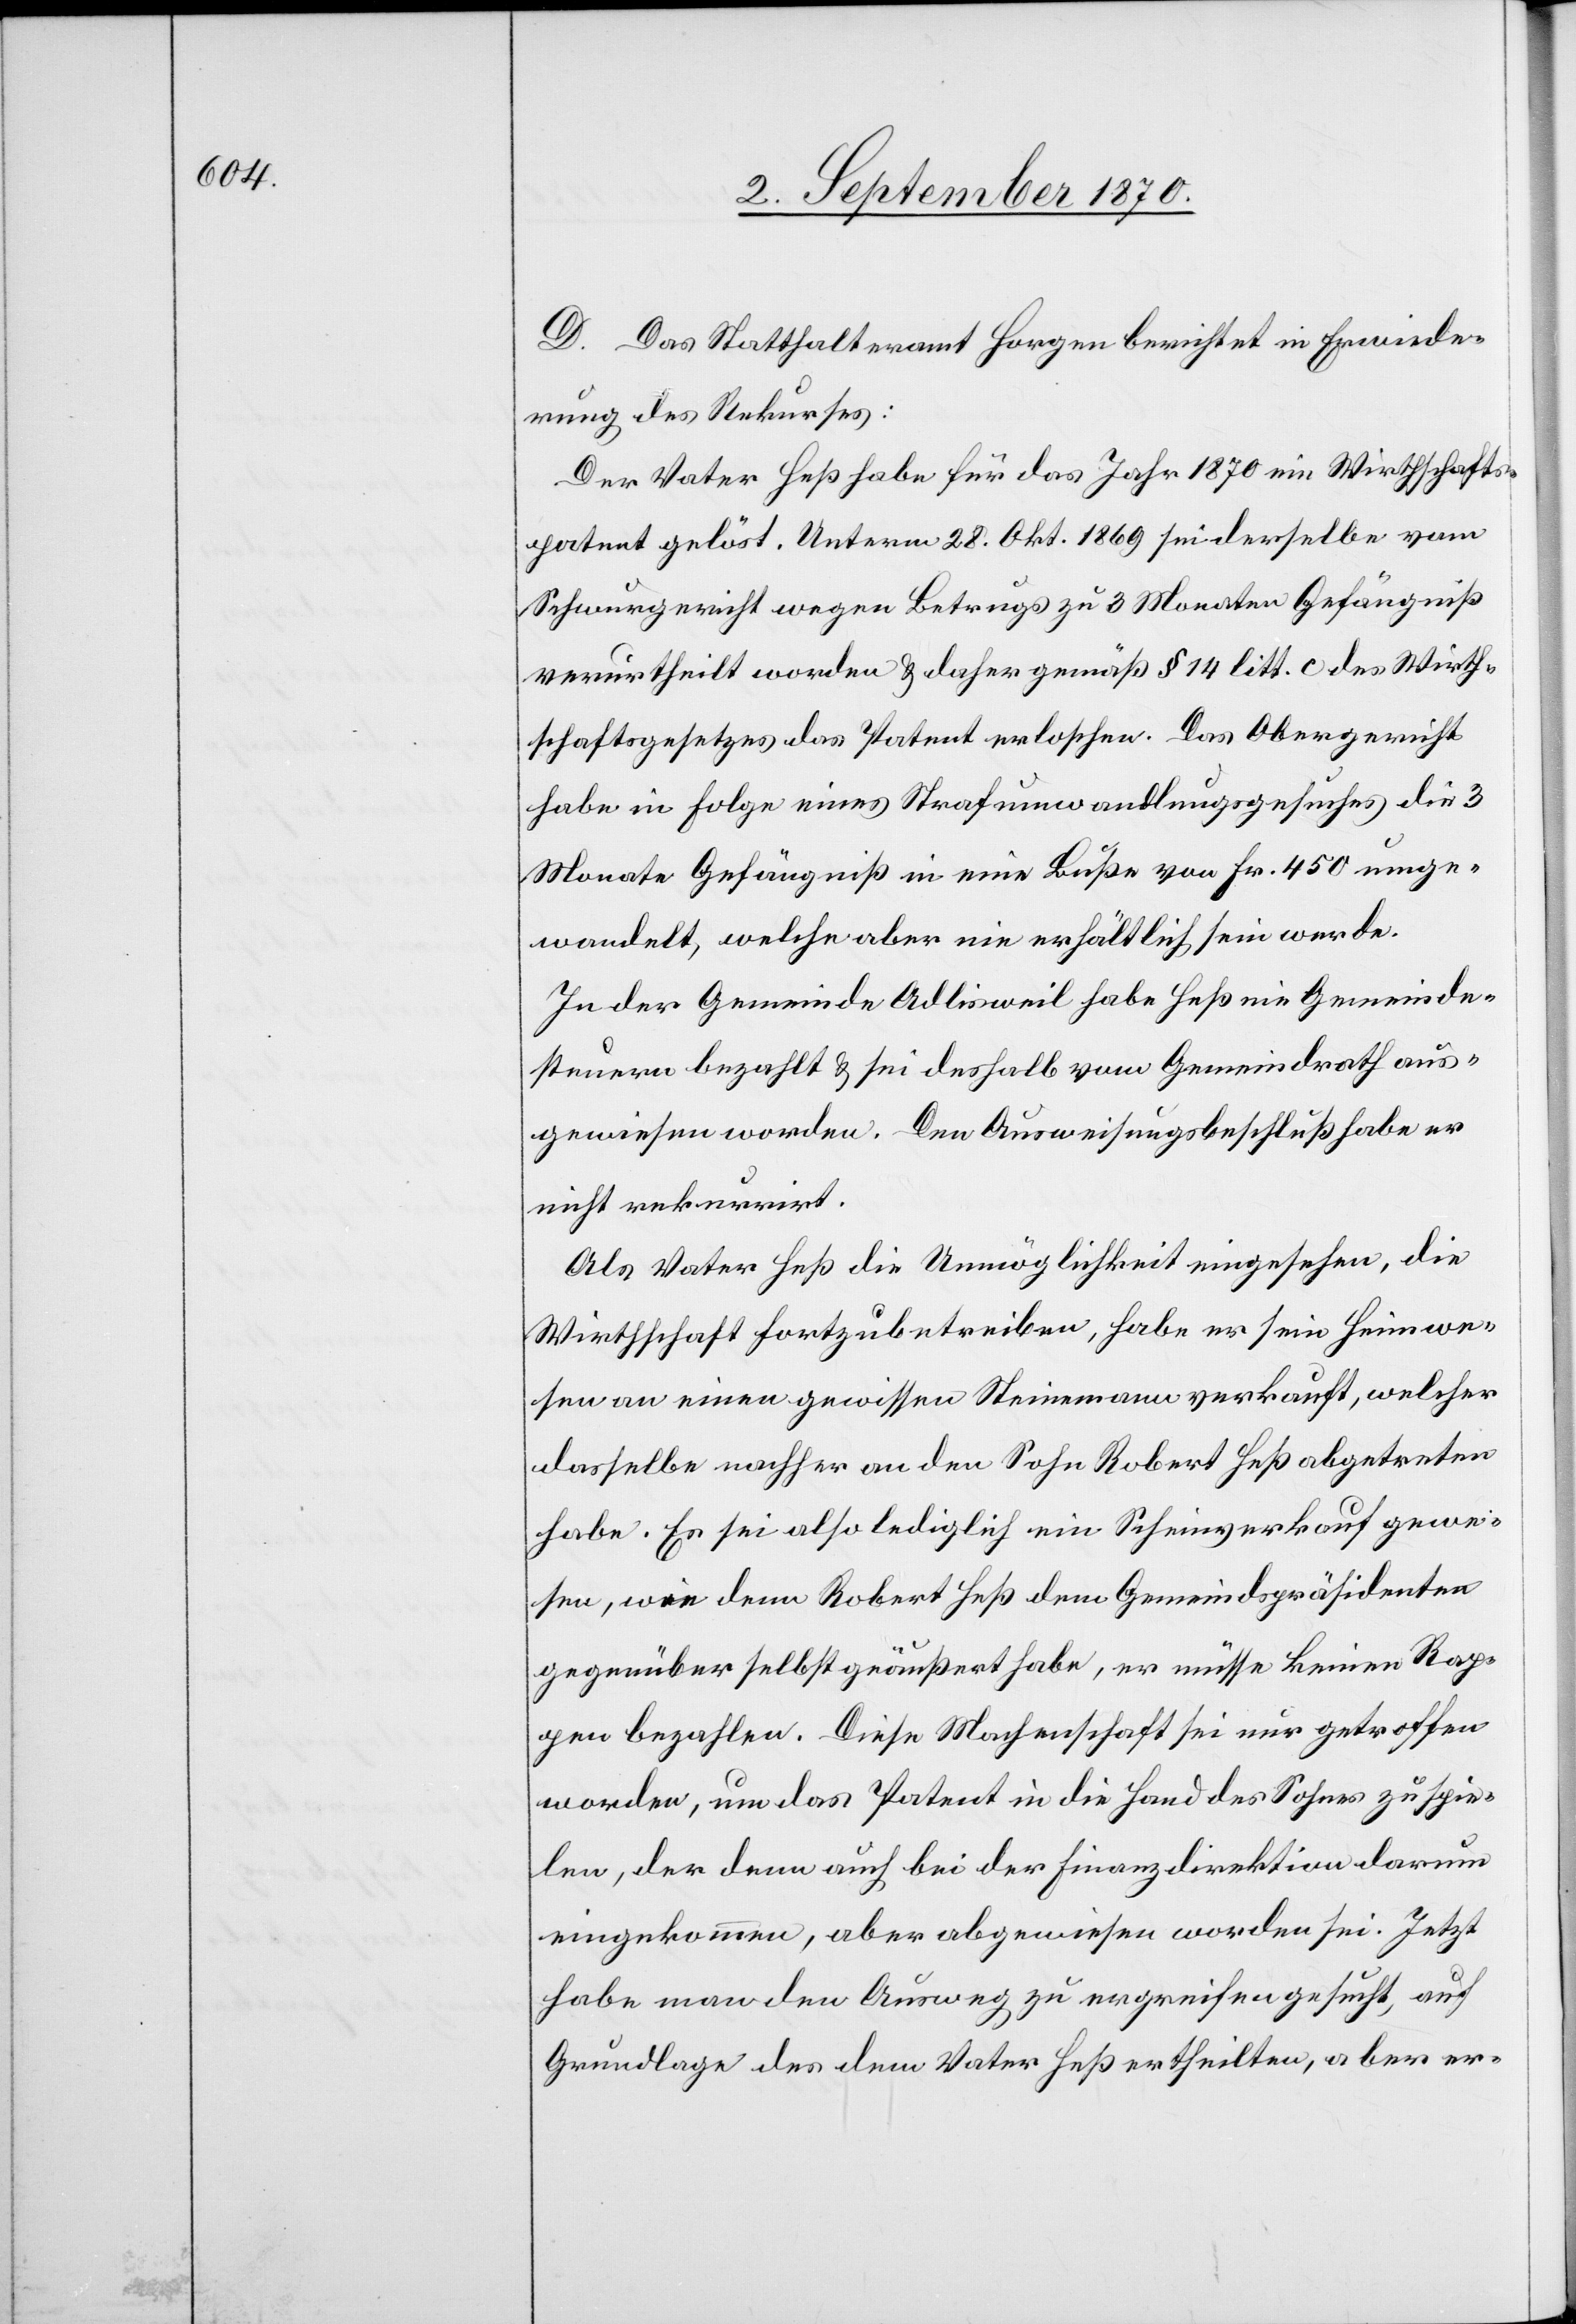
D. Das Statthalteramt Horgen berichtet in Erwiede¬
rung des Rekurses:
Der Vater Heß habe für das Jahr 1870 ein Wirthschafts¬
patent gelöst. Unterm 28. Okt. 1869 sei derselbe vom
Schwurgericht wegen Betrugs zu 3 Monaten Gefängniß
verurtheilt worden & daher gemäß § 14 litt. c des Wirth¬
schaftsgesetzes das Patent erloschen. Das Obergericht
habe in Folge eines Strafumwandlungsgesuches die 3
Monate Gefängniß in eine Buße von Fr. 450 umge¬
wandelt, welche aber nie erhältlich sein werde.
In der Gemeinde Adlisweil habe Heß nie Gemeinde¬
steuern bezahlt & sei deshalb vom Gemeindrath aus¬
gewiesen worden. Den Ausweisungsbeschluß habe er
nicht rekurrirt.
Als Vater Heß die Unmöglichkeit eingesehen, die
Wirthschaft fortzubetreiben, habe er sein Heimwe¬
sen an einen gewissen Steinemann verkauft, welcher
dasselbe nachher an den Sohn Robert Heß abgetreten
habe. Es sei also lediglich ein Scheinverkauf gewe¬
sen, wie denn Robert Heß dem Gemeindspräsidenten
gegenüber selbst geäußert habe, er müsse keinen Rap¬
pen bezahlen. Diese Machenschaft sei nur getroffen
worden, um das Patent in die Hand des Sohnes zu spie¬
len, der denn auch bei der Finanzdirektion darum
eingekommen, aber abgewiesen worden sei. Jetzt
habe man den Ausweg zu ergreifen gesucht, auf
Grundlage des dem Vater Heß ertheilten, aber er-